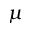
\mu